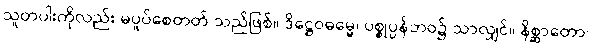
သူတပါးကိုလည်း မပူပ်စေတတ် သည်ဖြစ်။ ဒိဋ္ဌေဝဓမ္မေ၊ ပစ္စုပ္ပန်ဘဝ၌ သာလျှင်။ နိစ္ဆာတော၊